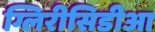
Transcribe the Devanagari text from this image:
ग्लिरीसिडीआ